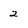
Character: 2